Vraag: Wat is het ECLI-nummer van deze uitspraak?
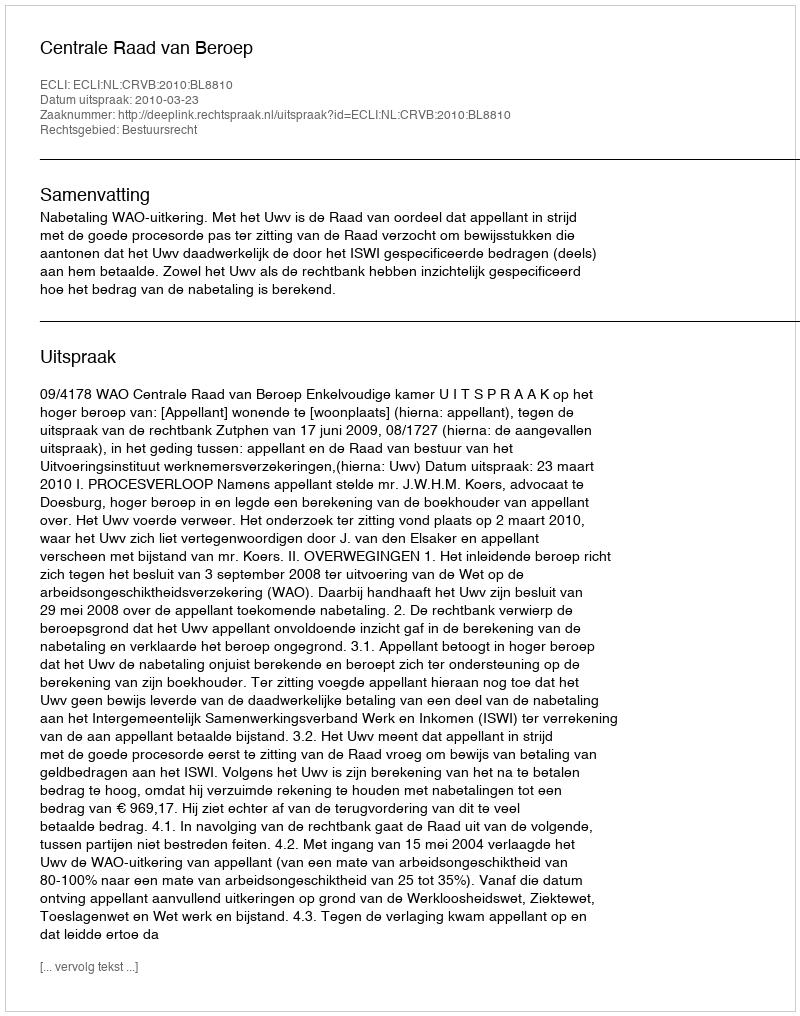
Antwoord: ECLI:NL:CRVB:2010:BL8810